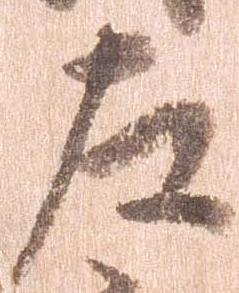
左